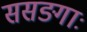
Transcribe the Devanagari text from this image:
ससङ्गाः